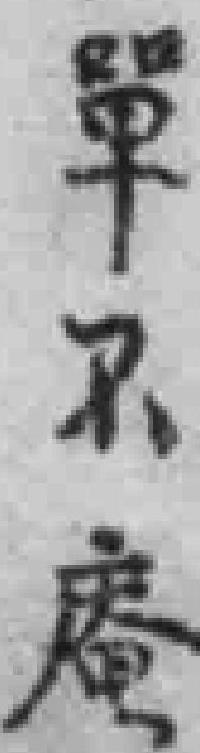
單不庵